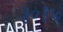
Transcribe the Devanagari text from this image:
३०१७